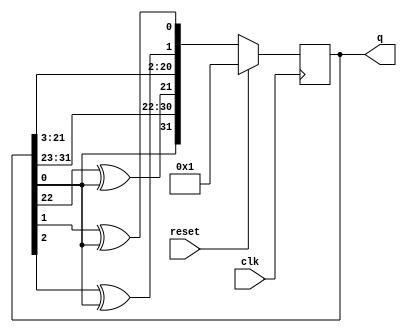
module top_module(
    input clk,
    input reset,
    output [31:0] q
); 
    wire tag1, tag2, tag3, tag4;

    assign tag1 = q[1] ^ q[0];
    assign tag2 = q[2] ^ q[0];
    assign tag3 = q[22] ^ q[0];
    assign tag4 = q[0] ^ 1'b0;

    always @(posedge clk) begin
        if (reset) begin
            q <= 32'h1;
        end
        else begin
            q <= {tag4,q[31:23],tag3,q[21:3],tag2,tag1};
        end
    end

endmodule